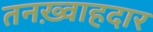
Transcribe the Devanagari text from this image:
तनख़्वाहदार